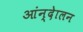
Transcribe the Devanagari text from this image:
आंन्देालन